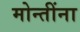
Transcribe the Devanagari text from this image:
मोन्तींना